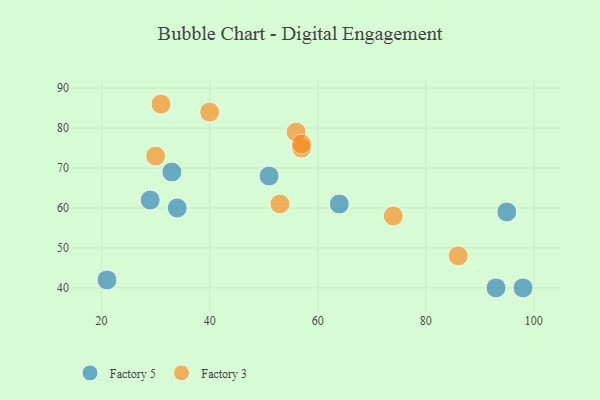
{"axis": {"x": "GDP", "y": "Life Expectancy"}, "legend": ["Factory 3", "Factory 5"], "data": [{"x": "29", "y": 62, "type": "Factory 5"}, {"x": "93", "y": 40, "type": "Factory 5"}, {"x": "34", "y": 60, "type": "Factory 5"}, {"x": "51", "y": 68, "type": "Factory 5"}, {"x": "95", "y": 59, "type": "Factory 5"}, {"x": "33", "y": 69, "type": "Factory 5"}, {"x": "98", "y": 40, "type": "Factory 5"}, {"x": "21", "y": 42, "type": "Factory 5"}, {"x": "64", "y": 61, "type": "Factory 5"}, {"x": "30", "y": 73, "type": "Factory 3"}, {"x": "53", "y": 61, "type": "Factory 3"}, {"x": "86", "y": 48, "type": "Factory 3"}, {"x": "40", "y": 84, "type": "Factory 3"}, {"x": "31", "y": 86, "type": "Factory 3"}, {"x": "74", "y": 58, "type": "Factory 3"}, {"x": "57", "y": 75, "type": "Factory 3"}, {"x": "56", "y": 79, "type": "Factory 3"}, {"x": "57", "y": 76, "type": "Factory 3"}]}